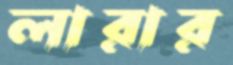
লারার